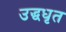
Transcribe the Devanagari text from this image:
उद्धधृत